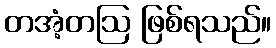
တအံ့တဩ ဖြစ်ရသည်။